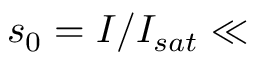
s _ { 0 } = I / I _ { s a t } \ll